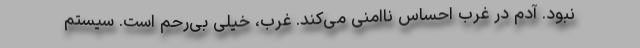
نبود. آدم در غرب احساس ناامنی می‌کند. غرب، خیلی بی‌رحم است. سیستم